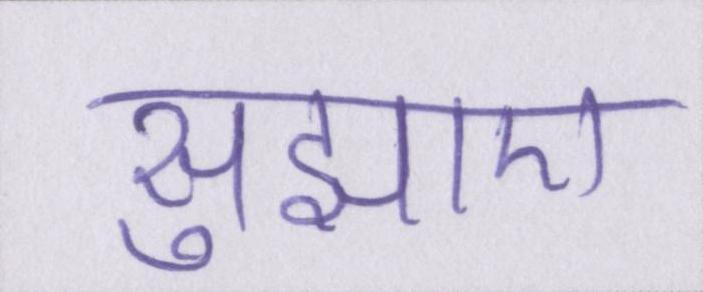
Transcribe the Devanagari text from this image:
सुझाए